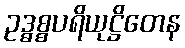
ဥဒ္ဓစ္စပရိယုဋ္ဌိတေန